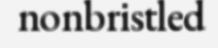
nonbristled